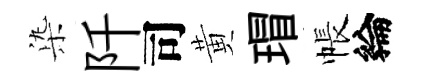
𣑱阡司黄瑁帳綸